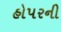
હોપરની